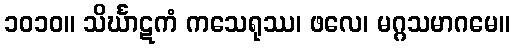
၁၀၁၀။ သိင်္ဃာဋကံ ကသေရုဿ၊ ဖလေ၊ မဂ္ဂသမာဂမေ။